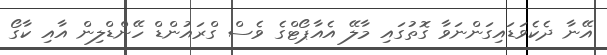
އޭނާ ދެކެވަޑައިގަންނަވާ ގޮތުގައި މާލޭ އެއާޕޯޓްގެ ވެސް ގްރައުންޑް ހޭންޑްލިން އާއި ކާގޯ